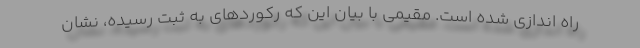
راه اندازی شده است. مقیمی با بیان این که رکوردهای به ثبت رسیده، نشان